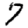
Digit: 7